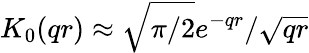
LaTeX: K_{0}(qr)\approx\sqrt{\pi/2}e^{-qr}/\sqrt{qr}